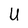
Character: U